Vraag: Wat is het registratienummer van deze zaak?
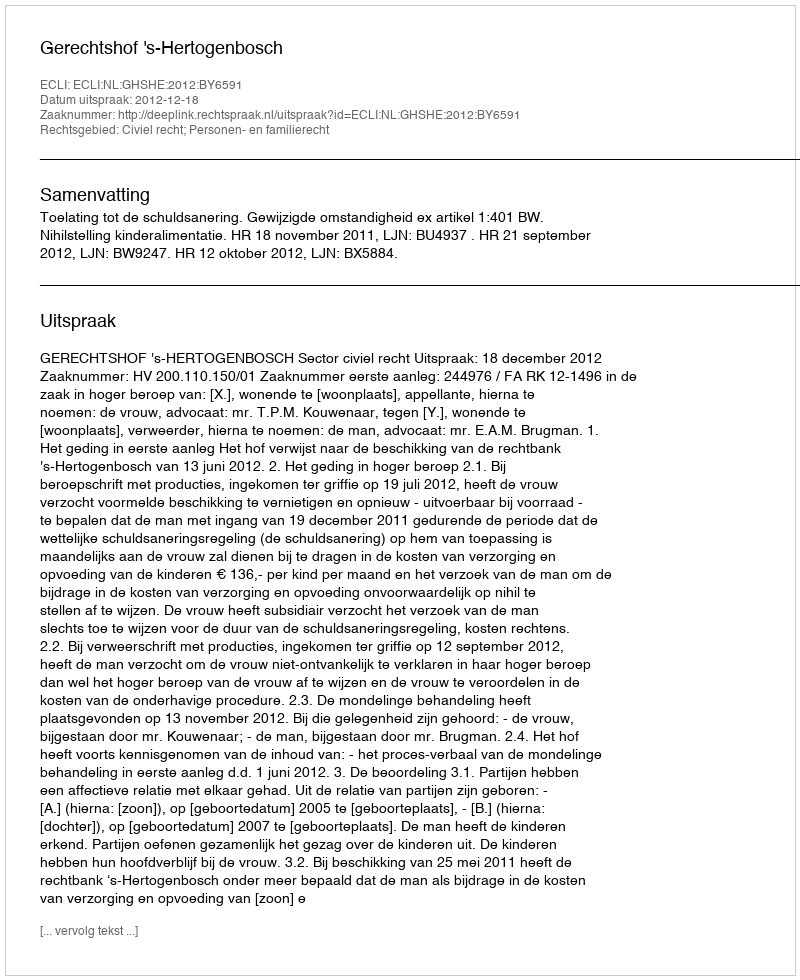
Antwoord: http://deeplink.rechtspraak.nl/uitspraak?id=ECLI:NL:GHSHE:2012:BY6591